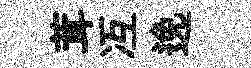
茸冱𨓜